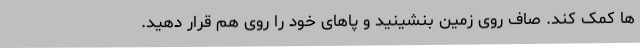
ها کمک کند. صاف روی زمین بنشینید و پاهای خود را روی هم قرار دهید.